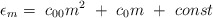
\begin{align*}{\epsilon}_m = \ c_{00} m^2 \ + \ c_{0} m \ + \ const\end{align*}